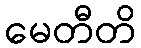
မေတီတိ